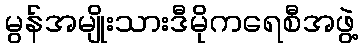
မွန်အမျိုးသားဒီမိုကရေစီအဖွဲ့